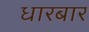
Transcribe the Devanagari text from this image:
धारबार